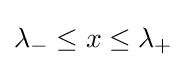
\lambda _{-}\leq x\leq \lambda _{+}